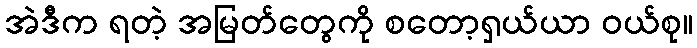
အဲဒီက ရတဲ့ အမြတ်တွေကို စတော့ရှယ်ယာ ဝယ်စု။